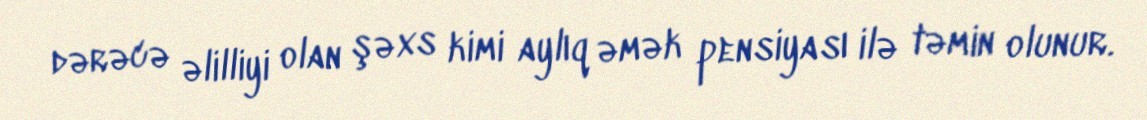
dərəcə əlilliyi olan şəxs kimi aylıq əmək pensiyası ilə təmin olunur.